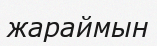
жараймын